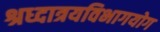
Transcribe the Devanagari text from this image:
श्रध्दात्रयविभागयोग